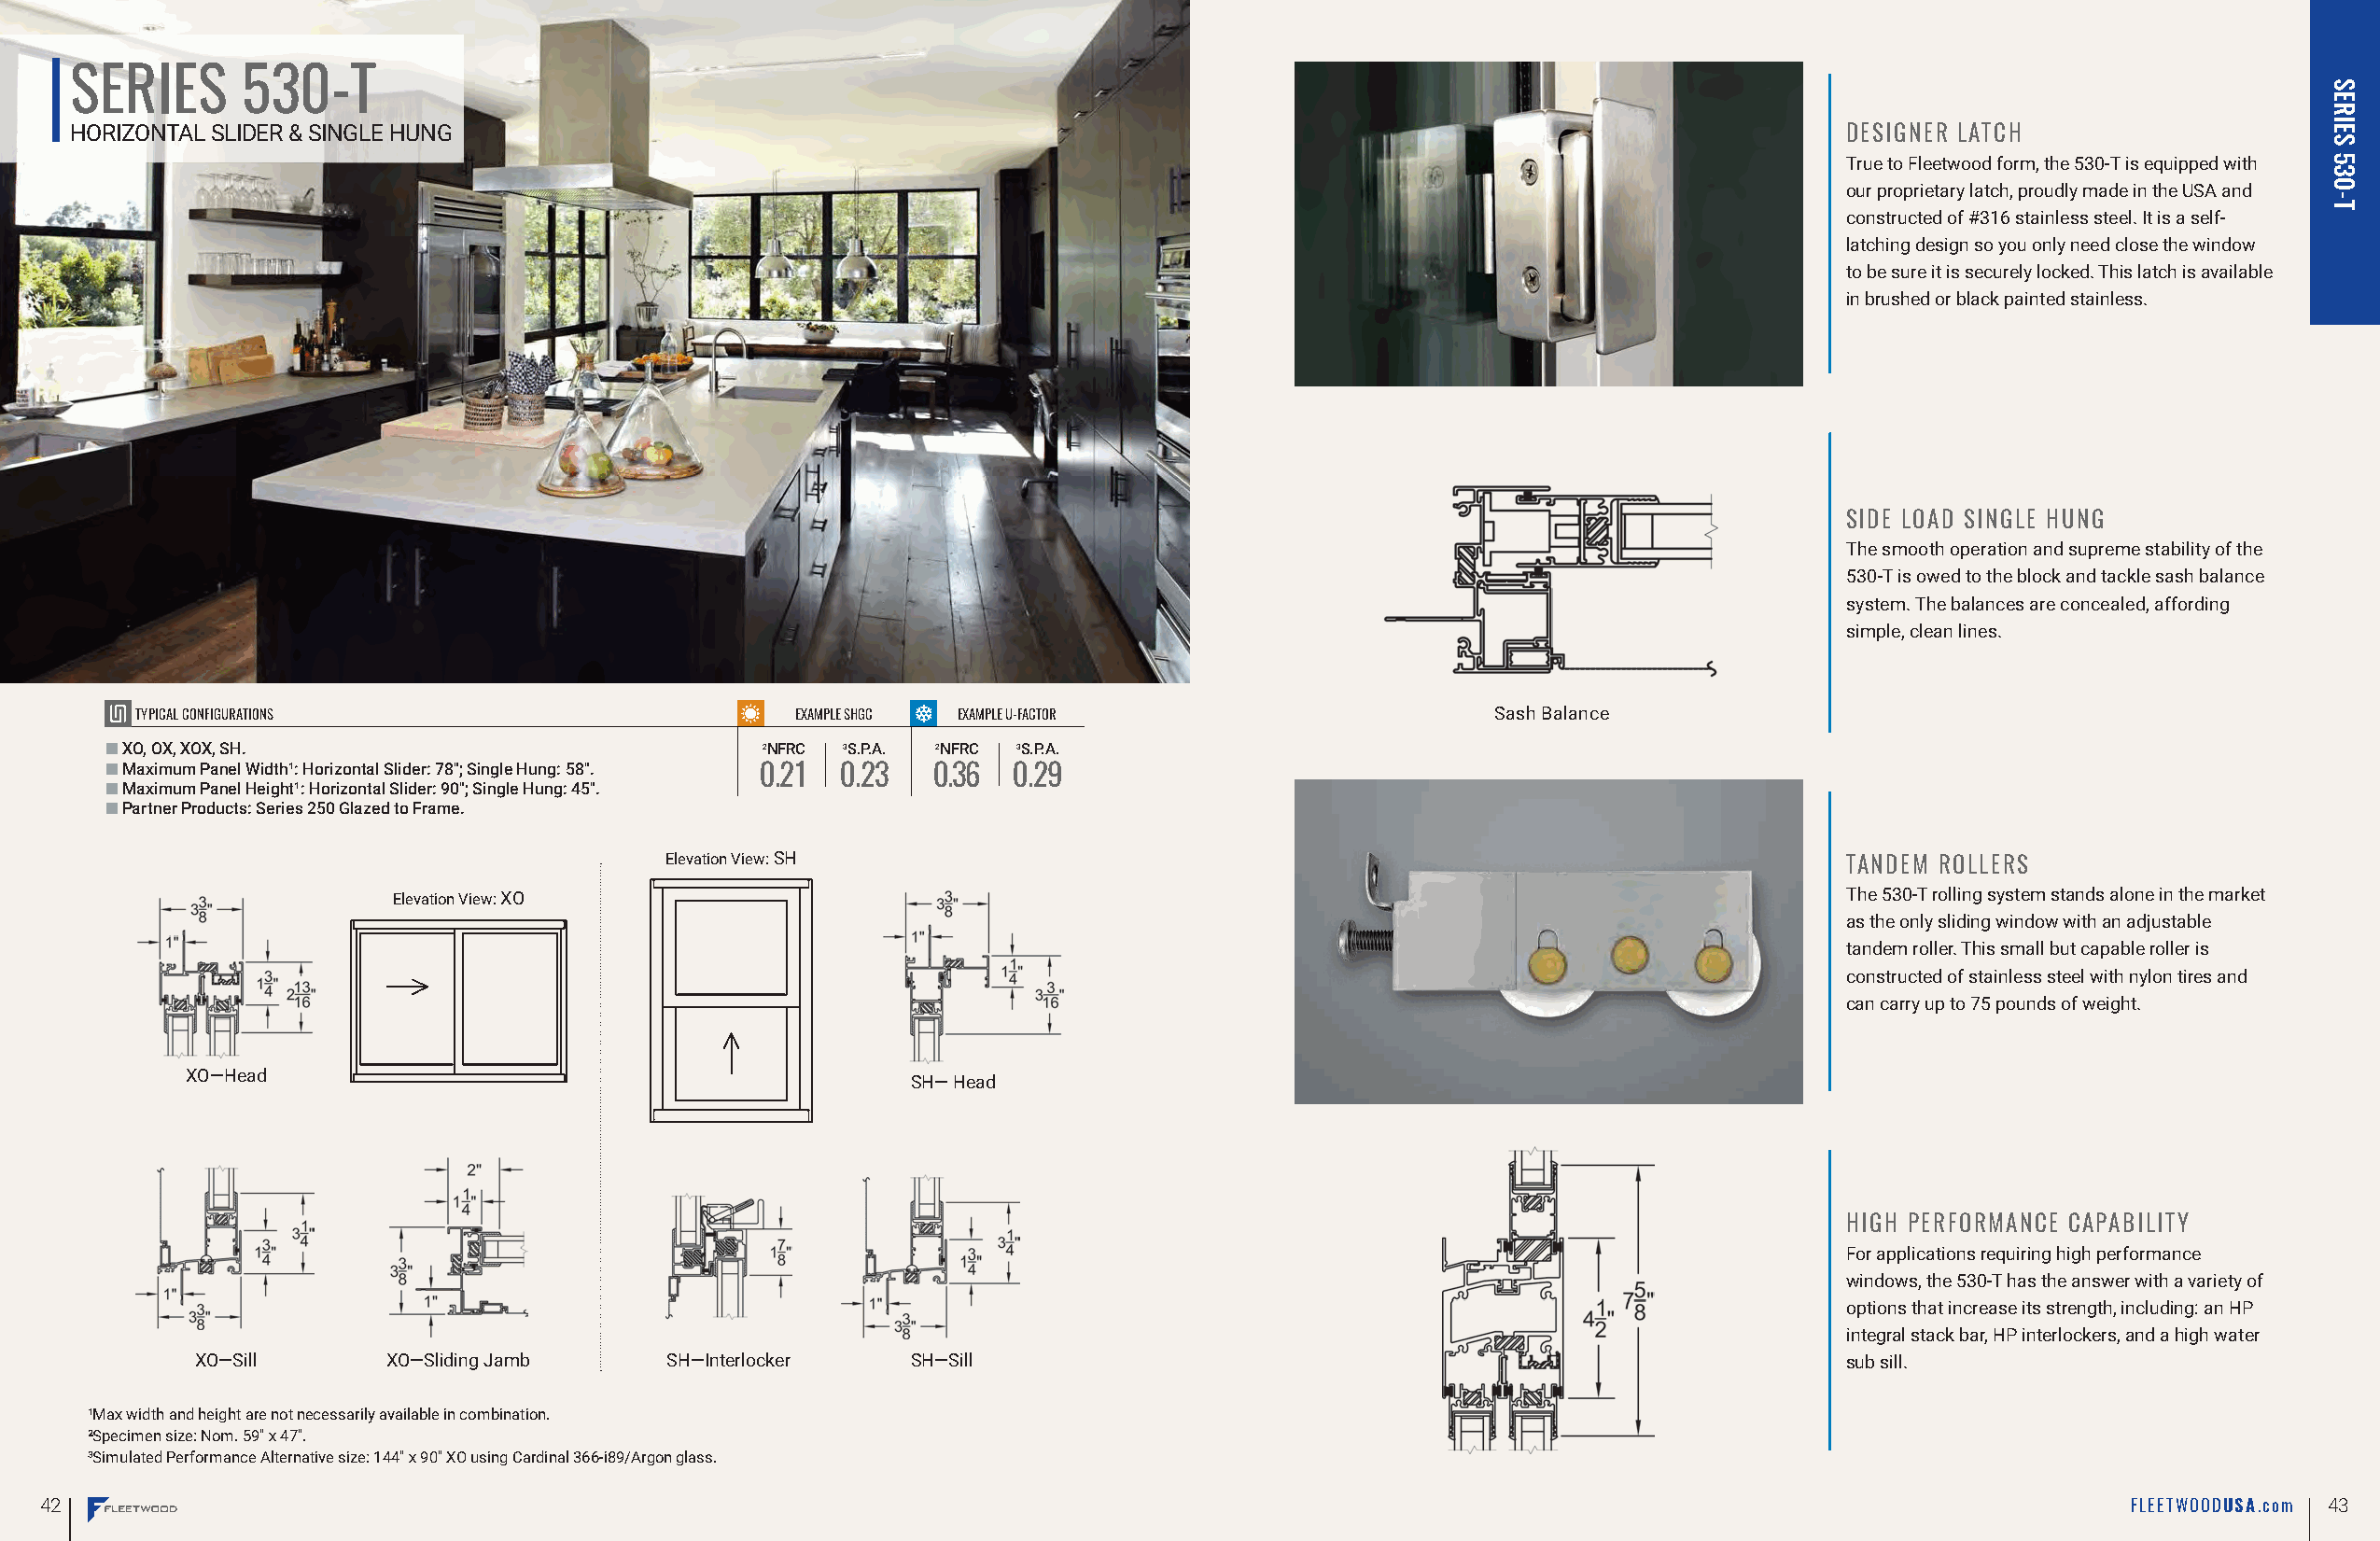
SERIES      530-T
 HORIZONTAL SLIDER & SINGLE HUNG                                                                                               DESIGNER LATCH
 True to Fleetwood form, the 530-T is equipped with
 our proprietary latch, proudly made in the USA and
 constructed of #316 stainless steel. It is a self-
 latching design so you only need close the window
 to be sure it is securely locked. This latch is available
 in brushed or black painted stainless.
 SIDE LOAD SINGLE HUNG
 The smooth operation and supreme stability of the
 530-T is owed to the block and tackle sash balance
 system. The balances are concealed, affording
 simple, clean lines.
 TYPICAL CONFIGURATIONS                        EXAMPLE SHGC EXAMPLE U-FACTOR                     Sash Balance
 ■■XO, OX, XOX, SH.                             2NFRC 3S.P.A. 2NFRC 3S.P.A.
 ■■Maximum Panel Width¹: Horizontal Slider: 78"; Single Hung: 58". 0.21 0.23 0.36 0.29
 ■■Maximum Panel Height¹: Horizontal Slider: 90"; Single Hung: 45".
 ■■Partner Products: Series 250 Glazed to Frame.
 Elevation View: SH                                                                  TANDEM ROLLERS
 Elevation View: XO                                                                                     The 530-T rolling system stands alone in the market
 as the only sliding window with an adjustable
 tandem roller. This small but capable roller is
 constructed of stainless steel with nylon tires and
 can carry up to 75 pounds of weight.
 XO—Head
 SH— Head
 HIGH PERFORMANCE CAPABILITY
 For applications requiring high performance
 windows, the 530-T has the answer with a variety of
 options that increase its strength, including: an HP
 integral stack bar, HP interlockers, and a high water
 XO—Sill      XO—Sliding Jamb     SH—Interlocker    SH—Sill                                                           sub sill.
 ¹Max width and height are not necessarily available in combination.
 ²Specimen size: Nom. 59" x 47".
 ³Simulated Performance Alternative size: 144" x 90" XO using Cardinal 366-i89/Argon glass.
 42                                                                                                                                                  FLEETWOODUSA. com 43
 SERIES
 530-T